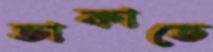
তাকাতে